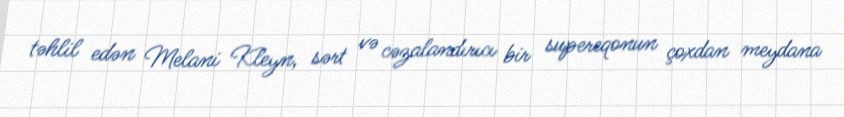
təhlil edən Melani Kleyn, sərt və cəzalandırıcı bir supereqonun çoxdan meydana